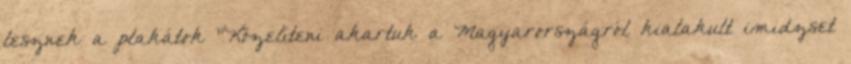
lesznek a plakátok "Közelíteni akartuk a Magyarországról kialakult imidzset